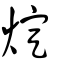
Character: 𤊟